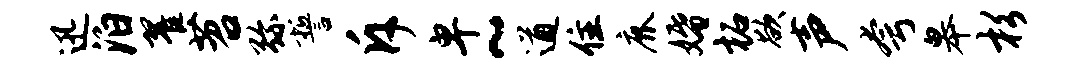
迅泊翟苕弥誓斥卑~遒住鹿婚柘欲声夸皋杉